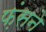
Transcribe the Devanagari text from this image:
फ़ंसने